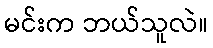
မင်းက ဘယ်သူလဲ။